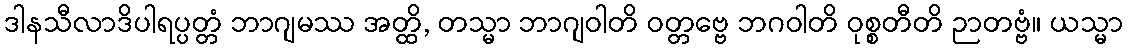
ဒါနသီလာဒိပါရပ္ပတ္တံ ဘာဂျမဿ အတ္ထိ, တသ္မာ ဘာဂျဝါတိ ဝတ္တဗ္ဗေ ဘဂဝါတိ ဝုစ္စတီတိ ဉာတဗ္ဗံ။ ယသ္မာ